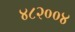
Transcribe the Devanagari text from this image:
४८२००४